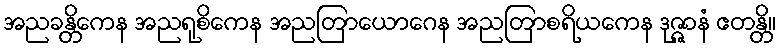
အညခန္တိကေန အညရုစိကေန အညတြာယောဂေန အညတြာစရိယကေန ဒုဇ္ဇာနံ ဧတန္တိ။